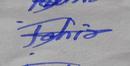
Signature authenticity: forged